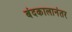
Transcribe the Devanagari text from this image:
बंदकालानंतर